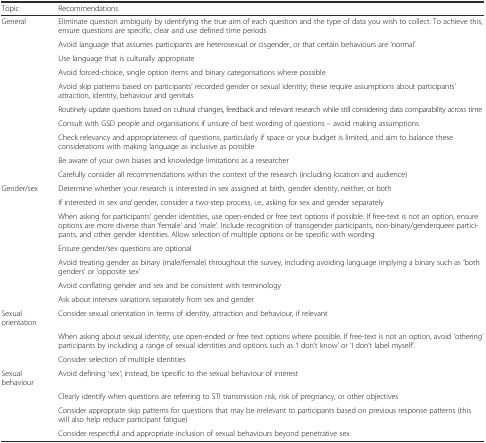
| Topic | Recommendations |
 | --- | --- |
 | General | Eliminate question ambiguity by identifying the true aim of each question and the type of data you wish to collect. To achieve this, ensure questions are specific, clear and use defined time periods |
 |  | Avoid language that assumes participants are heterosexual or cisgender, or that certain behaviours are ‘normal’ |
 |  | Use language that is culturally appropriate |
 |  | Avoid forced-choice, single option items and binary categorisations where possible |
 |  | Avoid skip patterns based on participants’ recorded gender or sexual identity; these require assumptions about participants’ attraction, identity, behaviour and genitals |
 |  | Routinely update questions based on cultural changes, feedback and relevant research while still considering data comparability across time |
 |  | Consult with GSD people and organisations if unsure of best wording of questions – avoid making assumptions |
 |  | Check relevancy and appropriateness of questions, particularly if space or your budget is limited, and aim to balance these considerations with making language as inclusive as possible |
 |  | Be aware of your own biases and knowledge limitations as a researcher |
 |  | Carefully consider all recommendations within the context of the research (including location and audience) |
 | Gender/sex | Determine whether your research is interested in sex assigned at birth, gender identity, neither, or both |
 |  | If interested in sex and gender, consider a two-step process, i.e., asking for sex and gender separately |
 |  | When asking for participants’ gender identities, use open-ended or free text options if possible. If free-text is not an option, ensure options are more diverse than ‘female’ and ‘male’. Include recognition of transgender participants, non-binary/genderqueer participants, and other gender identities. Allow selection of multiple options or be specific with wording |
 |  | Ensure gender/sex questions are optional |
 |  | Avoid treating gender as binary (male/female) throughout the survey, including avoiding language implying a binary such as ‘both genders’ or ‘opposite sex’ |
 |  | Avoid conflating gender and sex and be consistent with terminology |
 |  | Ask about intersex variations separately from sex and gender |
 | Sexual orientation | Consider sexual orientation in terms of identity, attraction and behaviour, if relevant |
 |  | When asking about sexual identity, use open-ended or free text options where possible. If free-text is not an option, avoid ‘othering’ participants by including a range of sexual identities and options such as ‘I don’t know’ or ‘I don’t label myself’. |
 |  | Consider selection of multiple identities |
 | Sexual behaviour | Avoid defining ‘sex’; instead, be specific to the sexual behaviour of interest |
 |  | Clearly identify when questions are referring to STI transmission risk, risk of pregnancy, or other objectives |
 |  | Consider appropriate skip patterns for questions that may be irrelevant to participants based on previous response patterns (this will also help reduce participant fatigue) |
 |  | Consider respectful and appropriate inclusion of sexual behaviours beyond penetrative sex |